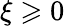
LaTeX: \xi\geqslant 0